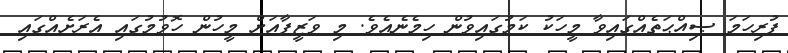
ފުރިހަމަ ޞިއްޙަތެއްގައިވާ މީހަކު ކަމުގައިވުން ހިމެނެއެވެ. މި ވަޒީފާއަށް މީހުން ހޮވުމުގައި އެރަށެއްގައި